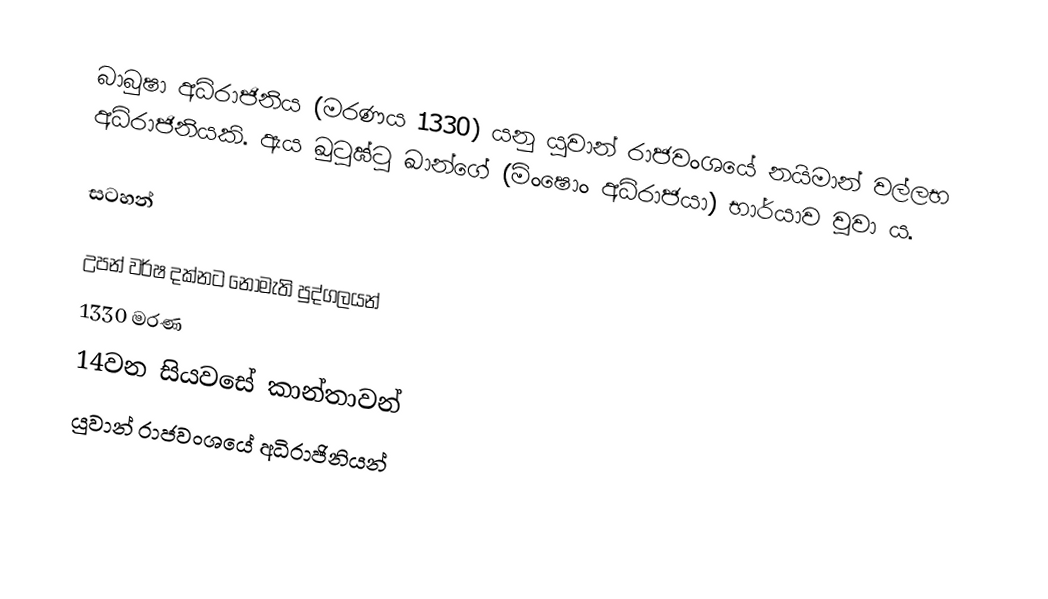
බාබුෂා අධිරාජිනිය (මරණය 1330) යනු යුවාන් රාජවංශයේ නයිමාන් වල්ලභ අධිරාජිනියකි. ඇය ඛුටුඝ්ටු ඛාන්ගේ (මිංෂොං අධිරාජයා) භාර්යාව වූවා ය.

සටහන්

උපන් වර්ෂ දක්නට නොමැති පුද්ගලයන්
1330 මරණ
14වන සියවසේ කාන්තාවන්
යුවාන් රාජවංශයේ අධිරාජිනියන්